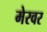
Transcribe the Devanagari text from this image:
मेरवर